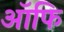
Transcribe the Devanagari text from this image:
ऑफि